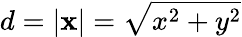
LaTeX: d=|\mathbf{x}|=\sqrt{x^{2}+y^{2}}